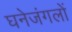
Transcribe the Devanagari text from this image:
घनेजंगलों